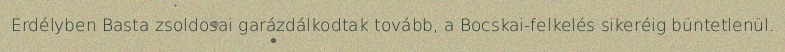
Erdélyben Basta zsoldosai garázdálkodtak tovább, a Bocskai-felkelés sikeréig büntetlenül.